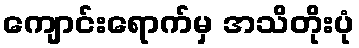
ကျောင်းရောက်မှ အသိတိုးပုံ